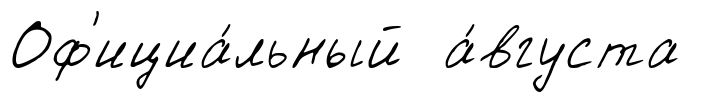
Оф'ициа́льный а́вгуста